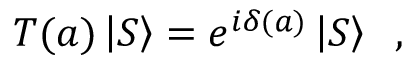
T ( a ) \left| S \right\rangle = e ^ { i \delta ( a ) } \left| S \right\rangle \; \; ,